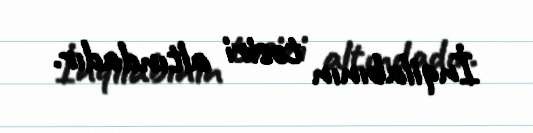
İnqilabının təsiri altındadır.